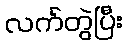
လက်တွဲပြီး